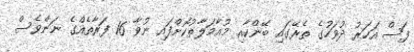
ފަސް އަހަރު ދުވަހުގެ ތެރޭގައި ބޭންކާއި މުއާމަލާތުކޮށްފައި ނުވާ 16 ފަރާތެއްގެ ނަންވެސް